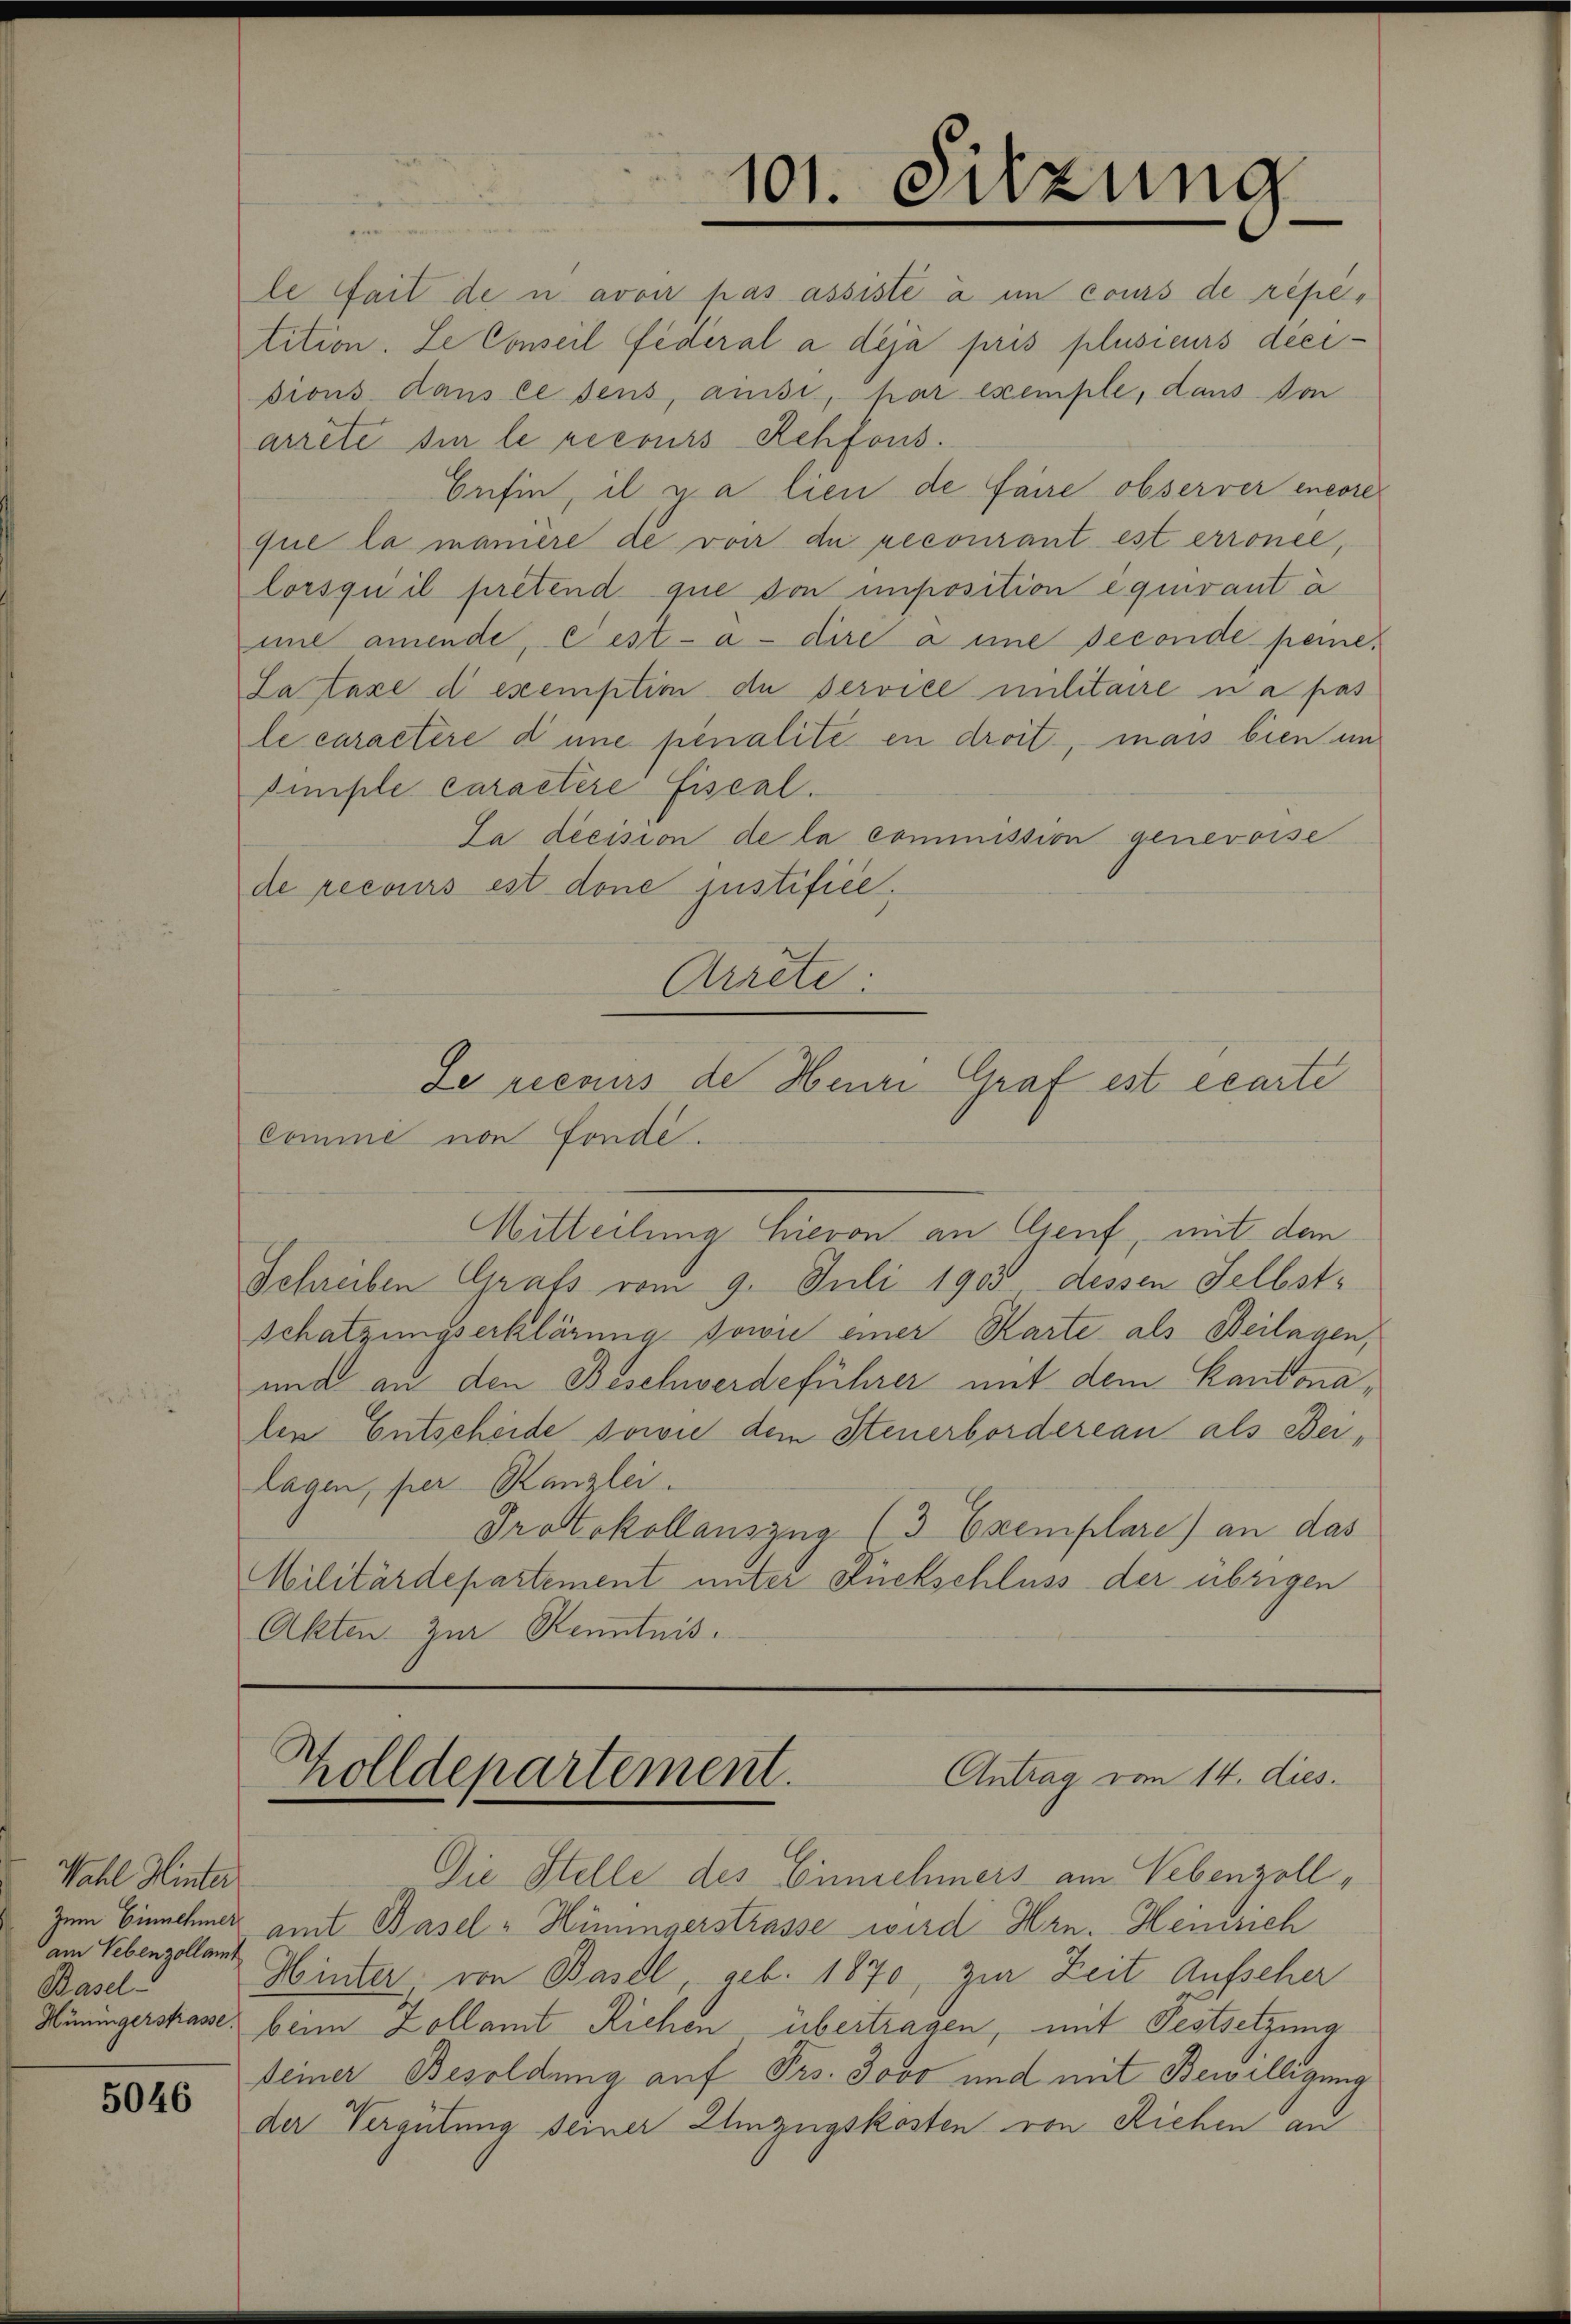
Wahl Hinter
am Nebenzollamt
Basel

5046

le fait den avon pas assiste à un cours de répé-
tition. Le Conseil fédéral a déjà pris plusieurs decidions dans lesens, aussi, par exemple, dans von
arrête sie le recours Rehfons.
Befin, il y a lieu de faire observer encore
que la manière de von du recourant est erronel,
lorsqu’il pretend que von imposition équivant à
mit amende, Fest-à-dire a eine seconde peme¬
Lataxe d exemption de service militaire na pas
le caractere d’une penalité en droit, mais bien un
Eimple caractere Fiscal.
La decision de la commission genevoise
de recours ist done justifice.
Arrete:
Se recours de Heure Graf est écarte
comme non fonde.
Mitteilung hievon an Genf, mit dem
Schreiben Grafs vom 9. Juli 1903 dessen Selbst¬
Schatzungserklärung sowie einer Karte als Beilagen,
und an den Beschwerdeführer mit dem Kantonalen Entscheide sowie dem Steuerbordereau als Bei-
lagen, per Kanzlei.
Protokollauszug (3 Exemplare) an das
Militärdepartement unter Rückschluss der übrigen
Akten. Zur Kenntnis.

101. Sitzung

Antrag vom 14. dies.
Zolldepartement.

Die Stelle des Einnehmers am Nebenzoll,
Zum Einnehmer amt Basel-Hüningerstrasse wird Hrn. Heinrich
Hinter, von Basel, geb. 1870, zur Zeit Aufscher
Hüningerskasse beim Zollamt Richen übertragen, mit Festsetzung
seiner Besoldung auf Frs. Jovo und mit Bewilligung
der Vergütung seiner Einzugskosten von Richen an